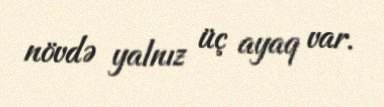
növdə yalnız üç ayaq var.